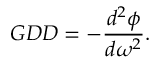
G D D = - \frac { d ^ { 2 } \phi } { d \omega ^ { 2 } } .